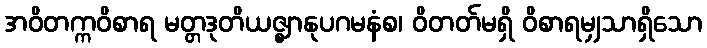
အဝိတက္ကဝိစာရ မတ္တဒုတိယဇ္ဈာနုပဂမနံစ၊ ဝိတတ်မရှိ ဝိစာရမျှသာရှိသော